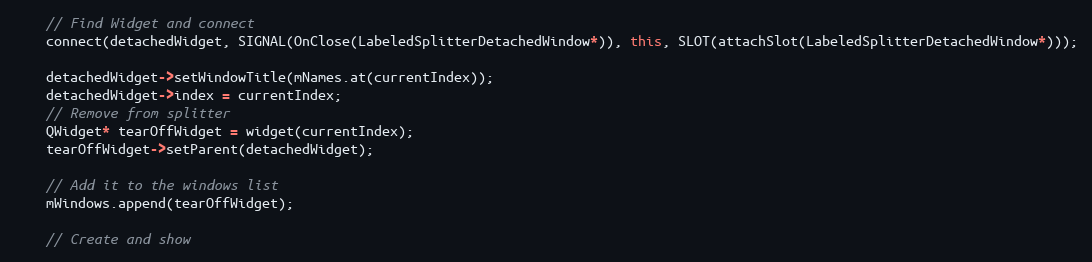
Language: C++
    // Find Widget and connect
    connect(detachedWidget, SIGNAL(OnClose(LabeledSplitterDetachedWindow*)), this, SLOT(attachSlot(LabeledSplitterDetachedWindow*)));

    detachedWidget->setWindowTitle(mNames.at(currentIndex));
    detachedWidget->index = currentIndex;
    // Remove from splitter
    QWidget* tearOffWidget = widget(currentIndex);
    tearOffWidget->setParent(detachedWidget);

    // Add it to the windows list
    mWindows.append(tearOffWidget);

    // Create and show